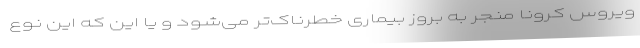
ویروس کرونا منجر به بروز بیماری خطرناک‌تر می‌شود و یا این که این نوع